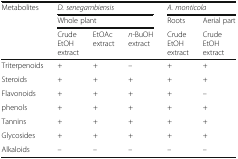
<table><thead><tr><td rowspan="3"><b>Metabolites</b></td><td colspan="3"><b><i>D. senegambiensis</i></b></td><td colspan="2"><b><i>A. monticola</i></b></td></tr><tr><td colspan="3"><b>Whole plant</b></td><td><b>Roots</b></td><td><b>Aerial part</b></td></tr><tr><td><b>Crude EtOH extract</b></td><td><b>EtOAc extract</b></td><td><b><i>n</i>-BuOH extract</b></td><td><b>Crude EtOH extract</b></td><td><b>Crude EtOH extract</b></td></tr></thead><tbody><tr><td>Triterpenoids</td><td>+</td><td>+</td><td>–</td><td>+</td><td>+</td></tr><tr><td>Steroids</td><td>+</td><td>+</td><td>+</td><td>+</td><td>+</td></tr><tr><td>Flavonoids</td><td>+</td><td>+</td><td>+</td><td>+</td><td>–</td></tr><tr><td>phenols</td><td>+</td><td>+</td><td>+</td><td>+</td><td>+</td></tr><tr><td>Tannins</td><td>+</td><td>+</td><td>+</td><td>+</td><td>+</td></tr><tr><td>Glycosides</td><td>+</td><td>+</td><td>+</td><td>+</td><td>+</td></tr><tr><td>Alkaloids</td><td>–</td><td>–</td><td>–</td><td>–</td><td>–</td></tr></tbody></table>